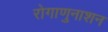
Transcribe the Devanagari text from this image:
रोगाणुनाशन